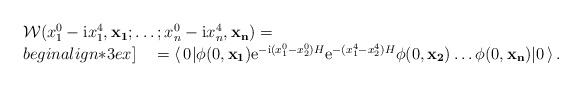
\begin{align*}\begin{array}{l}{\cal W}(x^0_1 - {\rm i} x^4_1,{\bf x_1}; \dots ;x^0_n - {\rm i} x^4_n,{\bf x_n}) = \\begin{align*}3ex]\quad = \langle\, 0 | \phi(0,{\bf x_1}){\rm e}^{-{\rm i} (x^0_1-x^0_2)H} {\rm e}^{-(x^4_1-x^4_2)H}\phi(0,{\bf x_2})\dots \phi(0,{\bf x_n}) | 0 \,\rangle\,.\end{array}\end{align*}